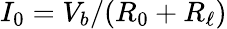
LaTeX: I_{0}=V_{b}/(R_{0}+R_{\ell})